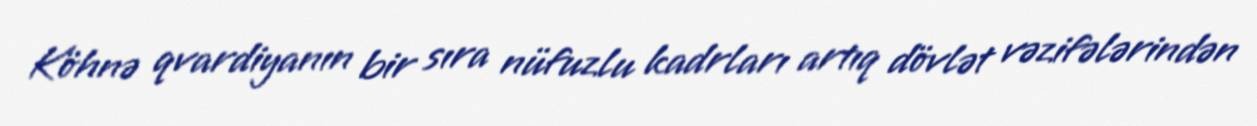
Köhnə qvardiyanın bir sıra nüfuzlu kadrları artıq dövlət vəzifələrindən